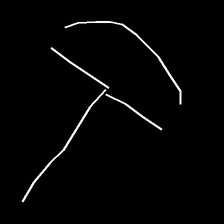
Glyph: dispersion